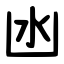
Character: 凼